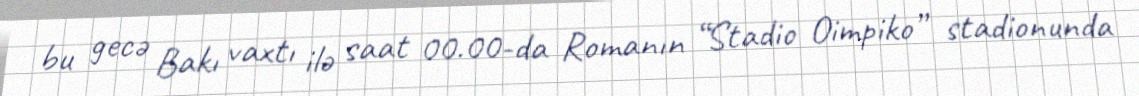
bu gecə Bakı vaxtı ilə saat 00.00-da Romanın “Stadio Oimpiko” stadionunda